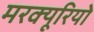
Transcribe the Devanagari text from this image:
मरक्यूरियो